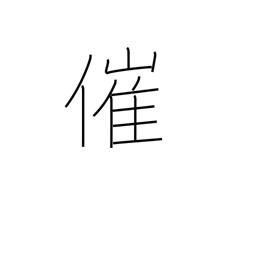
Meaning: sponsor